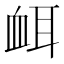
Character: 衈